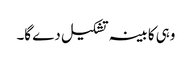
وہی کابینہ تشکیل دے گا۔